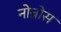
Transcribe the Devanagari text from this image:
नोन्नोस